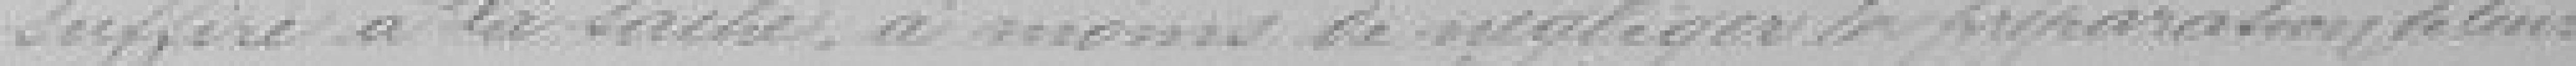
suffire à la tâche à moins de négliger la préparation de leurs